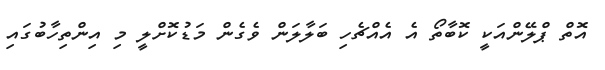
އޮތް ޕްލޭންއަކީ ކޮބާތޯ އެ އެއްޗެހި ބަލާލަން ވެގެން މަޑުކޮށްލީ މި އިންތިހާބުގައި